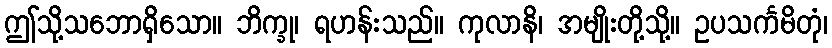
ဤသို့သဘောရှိသော။ ဘိက္ခု၊ ရဟန်းသည်။ ကုလာနိ၊ အမျိုးတို့သို့။ ဥပသင်္ကမိတုံ၊